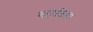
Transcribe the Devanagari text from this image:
महाशिला